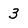
Character: 3